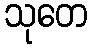
သုတေ